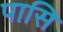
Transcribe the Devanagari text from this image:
पासि